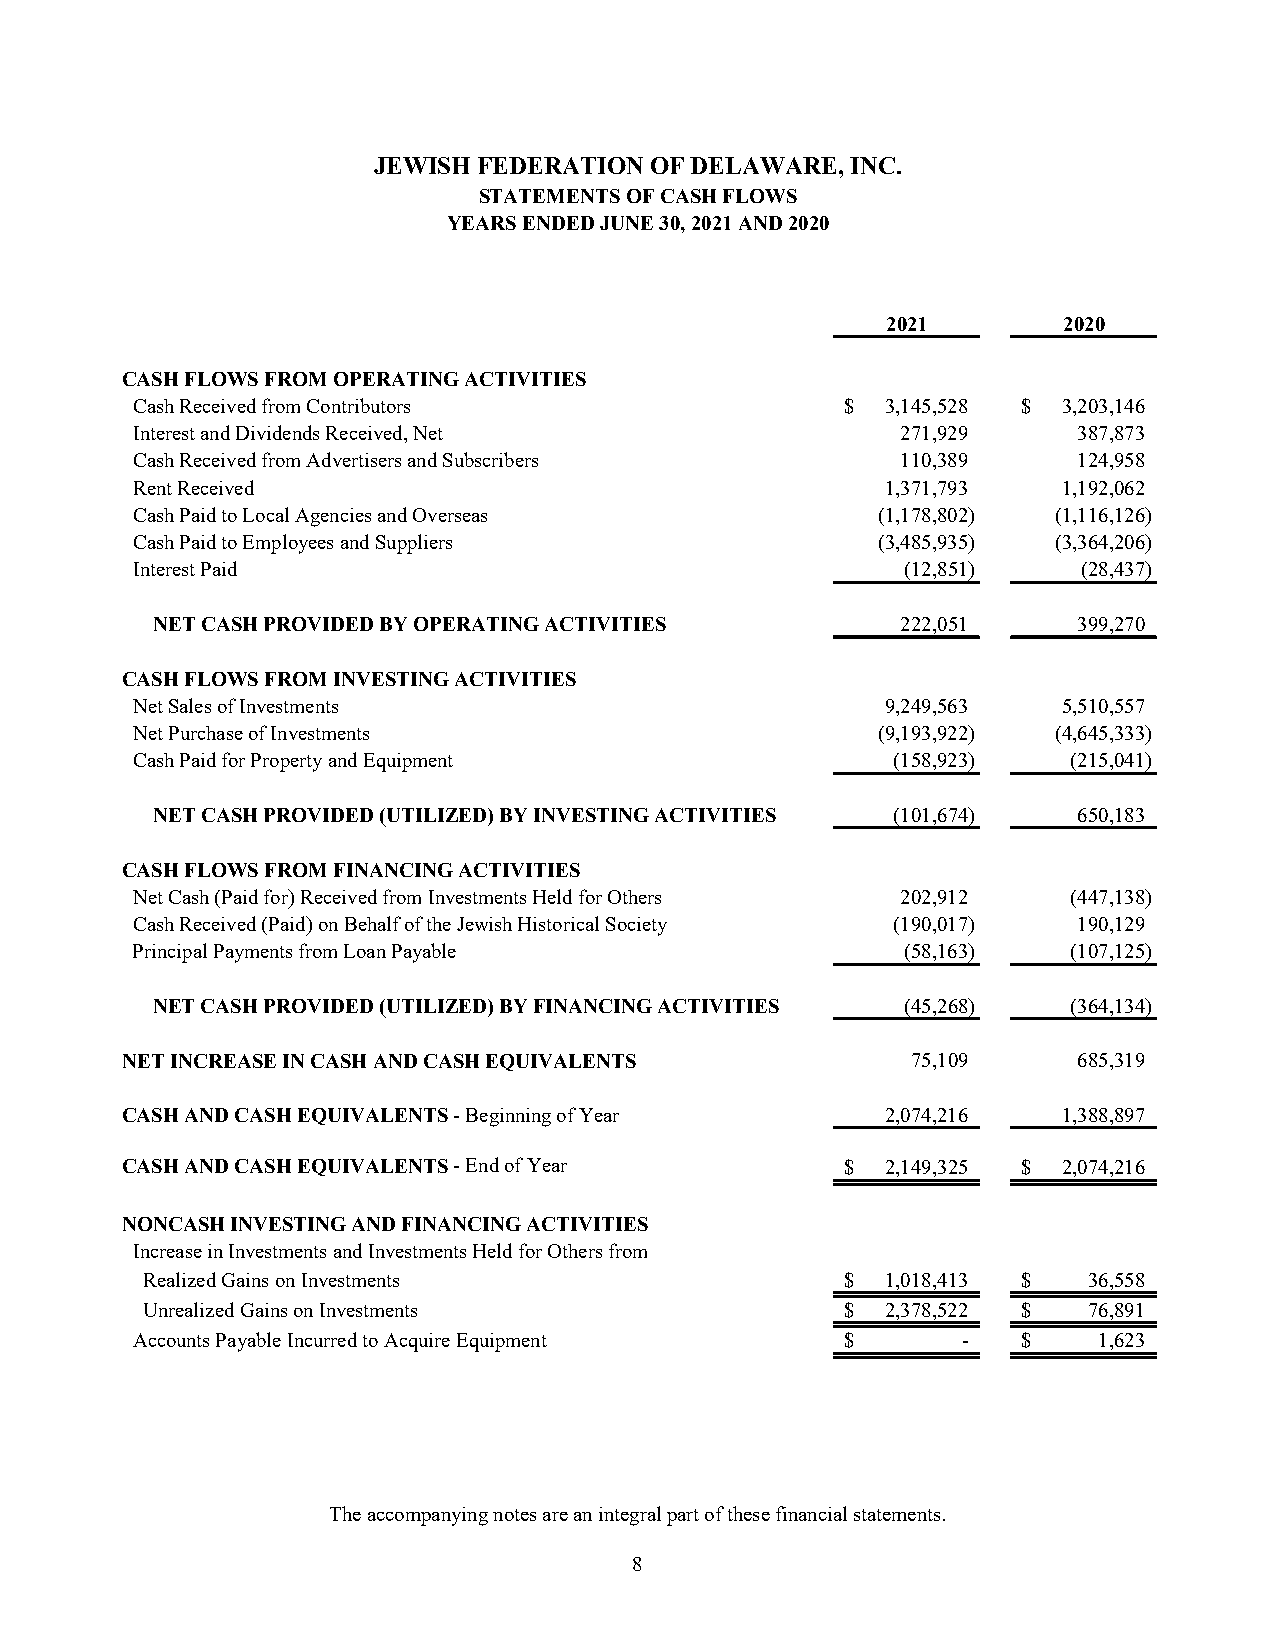
JEWISH FEDERATION OF DELAWARE, INC.
 STATEMENTS OF CASH FLOWS
 YEARS ENDED JUNE 30, 2021 AND 2020
 2021       2020
 CASH FLOWS FROM OPERATING ACTIVITIES
 Cash Received from Contributors                $  3,145,528 $ 3,203,146
 Interest and Dividends Received, Net               271,929    387,873
 Cash Received from Advertisers and Subscribers     110,389    124,958
 Rent Received                                     1,371,793  1,192,062
 Cash Paid to Local Agencies and Overseas         (1,178,802) (1,116,126)
 Cash Paid to Employees and Suppliers             (3,485,935) (3,364,206)
 Interest Paid                                      (12,851)    (28,437)
 NET CASH PROVIDED BY OPERATING ACTIVITIES         222,051    399,270
 CASH FLOWS FROM INVESTING ACTIVITIES
 Net Sales of Investments                          9,249,563  5,510,557
 Net Purchase of Investments                      (9,193,922) (4,645,333)
 Cash Paid for Property and Equipment              (158,923)   (215,041)
 NET CASH PROVIDED (UTILIZED) BY INVESTING ACTIVITIES (101,674) 650,183
 CASH FLOWS FROM FINANCING ACTIVITIES
 Net Cash (Paid for) Received from Investments Held for Others 202,912 (447,138)
 Cash Received (Paid) on Behalf of the Jewish Historical Society (190,017) 190,129
 Principal Payments from Loan Payable               (58,163)   (107,125)
 NET CASH PROVIDED (UTILIZED) BY FINANCING ACTIVITIES (45,268) (364,134)
 NET INCREASE IN CASH AND CASH EQUIVALENTS           75,109     685,319
 CASH AND CASH EQUIVALENTS - Beginning of Year      2,074,216  1,388,897
 CASH AND CASH EQUIVALENTS - End of Year         $  2,149,325 $ 2,074,216
 NONCASH INVESTING AND FINANCING ACTIVITIES
 Increase in Investments and Investments Held for Others from
 Realized Gains on Investments                  $  1,018,413 $  36,558
 Unrealized Gains on Investments                $  2,378,522 $  76,891
 Accounts Payable Incurred to Acquire Equipment $       -   $    1,623
 The accompanying notes are an integral part of these financial statements.
 8